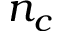
n _ { c }